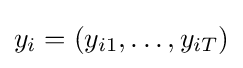
y_{i}=(y_{i1},\dots ,y_{iT})